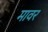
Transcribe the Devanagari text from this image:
मावर